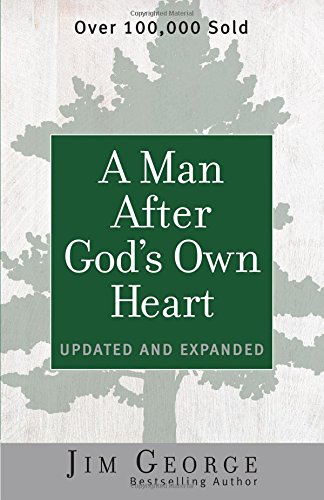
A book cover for A Man After God's Own Heart: Updated and Expanded; Jim George; Christian Books & Bibles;